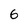
Character: 6